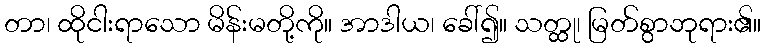
တာ၊ ထိုငါးရာသော မိန်းမတို့ကို။ အာဒါယ၊ ခေါ်၍။ သတ္ထု၊ မြတ်စွာဘုရား၏။